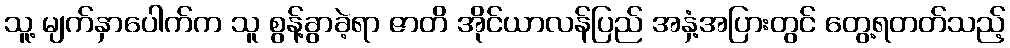
သူ့ မျက်နှာပေါက်က သူ စွန့်ခွာခဲ့ရာ ဇာတိ အိုင်ယာလန်ပြည် အနှံ့အပြားတွင် တွေ့ရတတ်သည့်